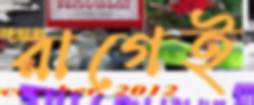
রাগেই